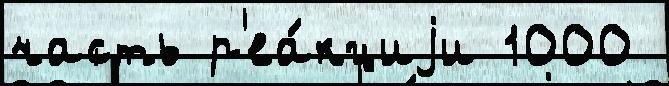
часть р'еа́кциjи 1000